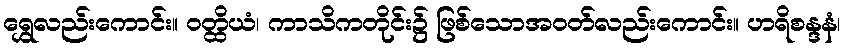
ရွှေလည်းကောင်း။ ဝတ္ထိယံ၊ ကာသိကတိုင်း၌ ဖြစ်သောအဝတ်လည်းကောင်း။ ဟရိစန္ဒနံ၊